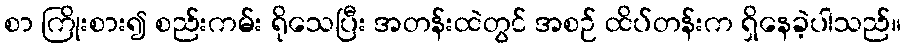
စာ ကြိုးစား၍ စည်းကမ်း ရိုသေပြီး အတန်းထဲတွင် အစဉ် ထိပ်တန်းက ရှိနေခဲ့ပါသည်။